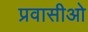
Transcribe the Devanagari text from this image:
प्रवासीओ